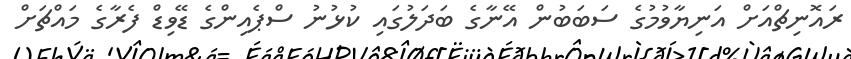
ރައޮނިޗްއަށް އަނިޔާވުމުގެ ސަބަބުން އޭނާގެ ބަދަލުގައި ކުޅުނު ސްޕެއިންގެ ޑޭވިޑް ފެރާގެ މައްޗަށް